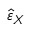
\hat { \varepsilon } _ { X }